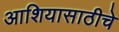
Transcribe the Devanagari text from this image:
आशियासाठीचे